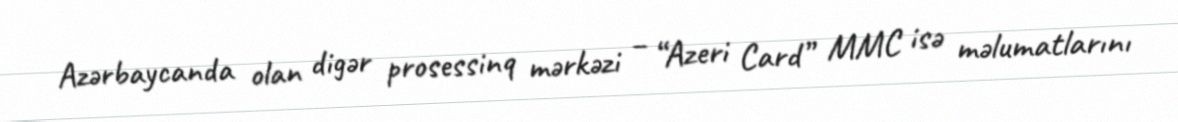
Azərbaycanda olan digər prosessinq mərkəzi – “Azeri Card” MMC isə məlumatlarını